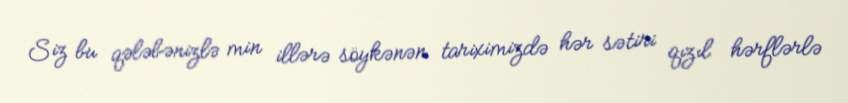
Siz bu qələbənizlə min illərə söykənən tariximizdə hər sətiri qızıl hərflərlə